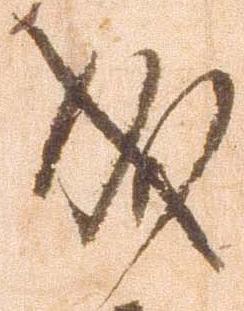
成